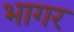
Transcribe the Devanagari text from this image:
भागर